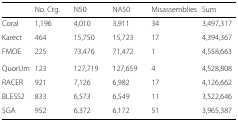
<table><thead><tr><td></td><td><b>No. Ctg.</b></td><td><b>N50</b></td><td><b>NA50</b></td><td><b>Misassemblies</b></td><td><b>Sum</b></td></tr></thead><tbody><tr><td>Coral</td><td>1,196</td><td>4,010</td><td>3,911</td><td>34</td><td>3,497,317</td></tr><tr><td>Karect</td><td>464</td><td>15,750</td><td>15,723</td><td>17</td><td>4,394,367</td></tr><tr><td>FMOE</td><td>225</td><td>73,476</td><td>71,472</td><td>1</td><td>4,558,663</td></tr><tr><td>QuorUm</td><td>123</td><td>127,719</td><td>127,659</td><td>4</td><td>4,528,808</td></tr><tr><td>RACER</td><td>921</td><td>7,126</td><td>6,982</td><td>17</td><td>4,126,662</td></tr><tr><td>BLESS2</td><td>833</td><td>6,573</td><td>6,549</td><td>11</td><td>3,522,646</td></tr><tr><td>SGA</td><td>952</td><td>6,372</td><td>6,172</td><td>51</td><td>3,965,387</td></tr></tbody></table>